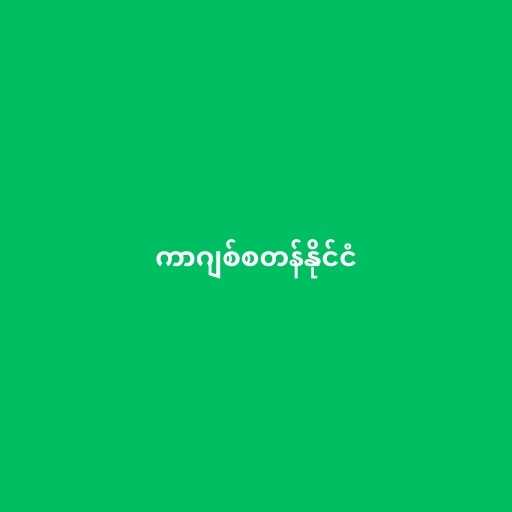
ကာဂျစ်စတန်နိုင်ငံ